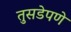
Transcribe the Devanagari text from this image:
तुसडेपणे